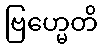
ဗြဟ္မေတိ